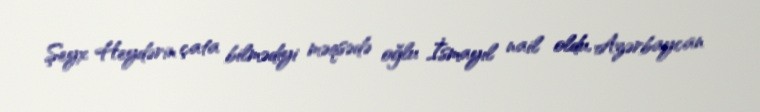
Şeyx Heydərin çata bilmədiyi məqsədə oğlu İsmayıl nail oldu, Azərbaycan